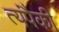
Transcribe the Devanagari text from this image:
त्यंपैकी